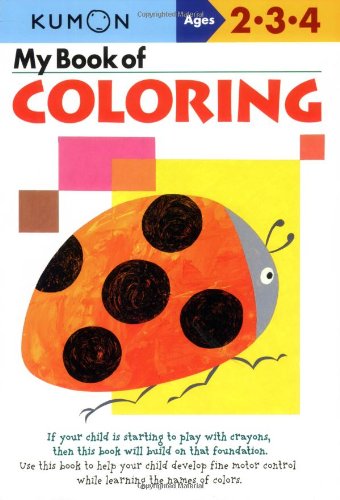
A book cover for My Book of Coloring (Kumon Workbooks); Shinobu Akaishi; Test Preparation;